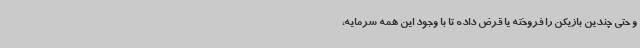
و حتی چندین بازیکن را فروخته یا قرض داده تا با وجود این همه سرمایه،